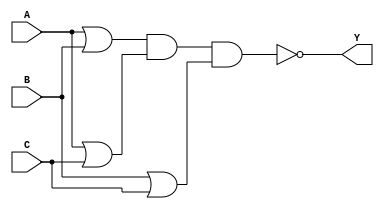
module pos_simplification (
    input wire A,   // Input A
    input wire B,   // Input B
    input wire C,   // Input C
    output wire Y   // Output Y
);

// POS Expression: Y = (A + B)(A + C)(B + C)
// Simplified directly from the expression:
assign Y = ~( (A | B) & (A | C) & (B | C) );

endmodule